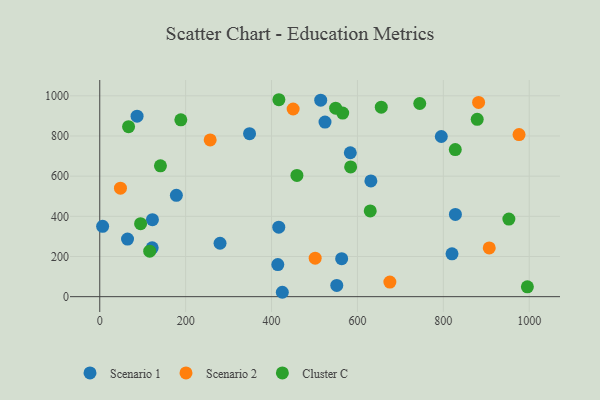
{"axis": {"x": "Experience", "y": "Profit"}, "legend": ["Cluster C", "Scenario 1", "Scenario 2"], "data": [{"x": "416.8", "y": 346.2, "type": "Scenario 1"}, {"x": "820.2", "y": 213.1, "type": "Scenario 1"}, {"x": "280.1", "y": 266.1, "type": "Scenario 1"}, {"x": "828.1", "y": 409.6, "type": "Scenario 1"}, {"x": "551.9", "y": 55.9, "type": "Scenario 1"}, {"x": "524.5", "y": 869.4, "type": "Scenario 1"}, {"x": "583.4", "y": 716.7, "type": "Scenario 1"}, {"x": "795.3", "y": 797.4, "type": "Scenario 1"}, {"x": "425.1", "y": 21.9, "type": "Scenario 1"}, {"x": "122.1", "y": 243.2, "type": "Scenario 1"}, {"x": "348.8", "y": 811.7, "type": "Scenario 1"}, {"x": "414.6", "y": 160.0, "type": "Scenario 1"}, {"x": "6.7", "y": 350.5, "type": "Scenario 1"}, {"x": "86.9", "y": 898.8, "type": "Scenario 1"}, {"x": "122.7", "y": 383.6, "type": "Scenario 1"}, {"x": "563.3", "y": 189.3, "type": "Scenario 1"}, {"x": "178.4", "y": 504.4, "type": "Scenario 1"}, {"x": "631.3", "y": 576.1, "type": "Scenario 1"}, {"x": "64.7", "y": 286.6, "type": "Scenario 1"}, {"x": "514.5", "y": 978.3, "type": "Scenario 1"}, {"x": "906.9", "y": 242.8, "type": "Scenario 2"}, {"x": "48.2", "y": 540.0, "type": "Scenario 2"}, {"x": "976.3", "y": 807.2, "type": "Scenario 2"}, {"x": "882.1", "y": 967.3, "type": "Scenario 2"}, {"x": "675.5", "y": 72.5, "type": "Scenario 2"}, {"x": "257.1", "y": 780.3, "type": "Scenario 2"}, {"x": "450.3", "y": 934.3, "type": "Scenario 2"}, {"x": "501.6", "y": 191.9, "type": "Scenario 2"}, {"x": "67.1", "y": 846.4, "type": "Cluster C"}, {"x": "655.5", "y": 943.6, "type": "Cluster C"}, {"x": "952.6", "y": 386.5, "type": "Cluster C"}, {"x": "565.7", "y": 914.0, "type": "Cluster C"}, {"x": "878.9", "y": 883.2, "type": "Cluster C"}, {"x": "549.3", "y": 938.4, "type": "Cluster C"}, {"x": "459.1", "y": 603.9, "type": "Cluster C"}, {"x": "95.1", "y": 363.4, "type": "Cluster C"}, {"x": "141.3", "y": 651.3, "type": "Cluster C"}, {"x": "116.3", "y": 226.3, "type": "Cluster C"}, {"x": "827.8", "y": 732.2, "type": "Cluster C"}, {"x": "188.8", "y": 880.3, "type": "Cluster C"}, {"x": "584.2", "y": 645.9, "type": "Cluster C"}, {"x": "995.7", "y": 49.2, "type": "Cluster C"}, {"x": "629.8", "y": 426.8, "type": "Cluster C"}, {"x": "745.1", "y": 961.8, "type": "Cluster C"}, {"x": "417.1", "y": 980.6, "type": "Cluster C"}]}